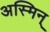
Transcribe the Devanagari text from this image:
अस्मिन्